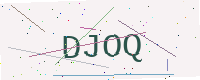
Text: DJOQ